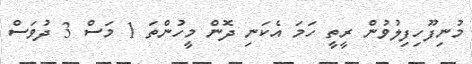
މުނިފޫހިފިލުވުން ރީތީ ހަމަ އެކަނި ދޮން މީހުންތަ 1 މަސް 3 ދުވަސް